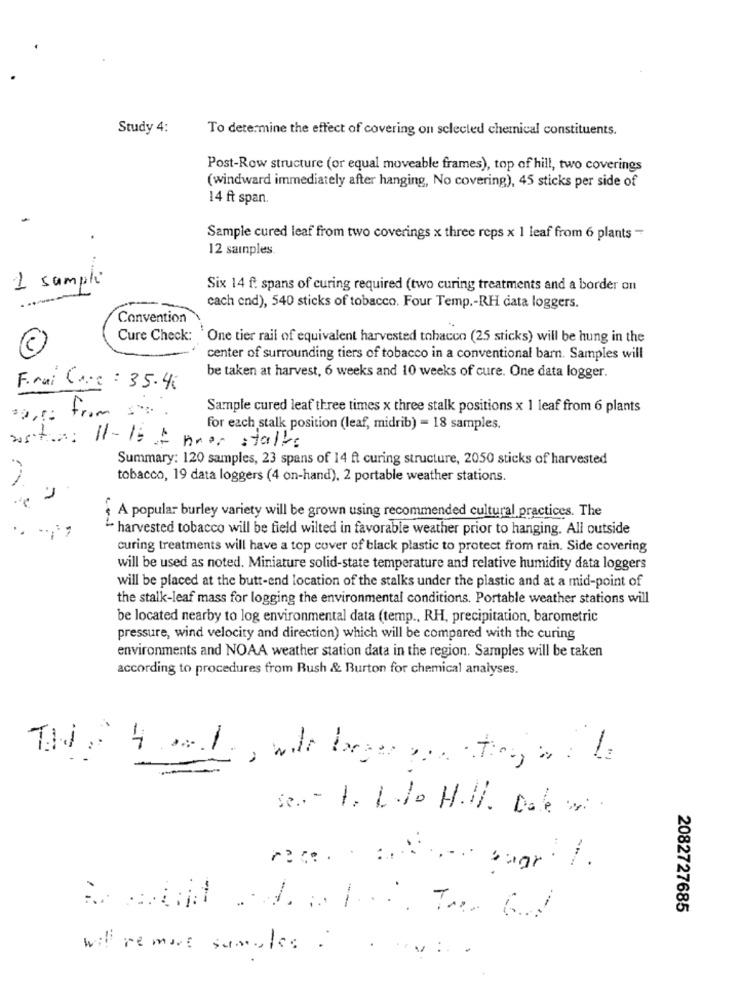
Study 4:
To determine the effect of covering on selected chemical constituents.
Post-Row structure (or equal moveable frames), top of hill, two coverings
(windward immediately after hanging, No covering), 45 sticks per side of
14 ft span.
Sample cured leaf from two coverings x three reps x 1 leaf from 6 plants -
12 samples
1 sample
Six 14 f. spans of curing required (two curing treatments and a border on
cach end), 540 sticks of tobacco. Four Temp .- RH data loggers.
Convention
Cure Check:
One tier rail of equivalent harvested tobacco (25 sticks) will be hung in the
center of surrounding tiers of tobacco in a conventional barn. Samples will
be taken at harvest, 6 weeks and 10 weeks of cure. One data logger.
Frui Care : 35.45
Sample cured leaf three times x three stalk positions x 1 leaf from 6 plants
from
---
for each stalk position (leaf, midrib) = 18 samples.
Summary: 120 samples, 23 spans of 14 ft curing structure, 2050 sticks of harvested
tobacco, 19 data loggers (4 on-hand), 2 portable weather stations.
A popular burley variety will be grown using recommended cultural practices. The
..
" harvested tobacco will be field wilted in favorable weather prior to hanging. All outside
curing treatments will have a top cover of black plastic to protect from rain. Side covering
will be used as noted. Miniature solid-state temperature and relative humidity data loggers
will be placed at the butt-end location of the stalks under the plastic and at a mid-point of
the stalk-leaf mass for logging the environmental conditions. Portable weather stations will
be located nearby to log environmental data (temp ., RH, precipitation, barometric
pressure, wind velocity and direction) which will be compared with the curing
environments and NOAA weather station data in the region. Samples will be taken
according to procedures from Rush & Burton for chemical analyses.
This IS said, will beger pon ting ir a la
ogr 1%.
2082727685
will remove sumules :